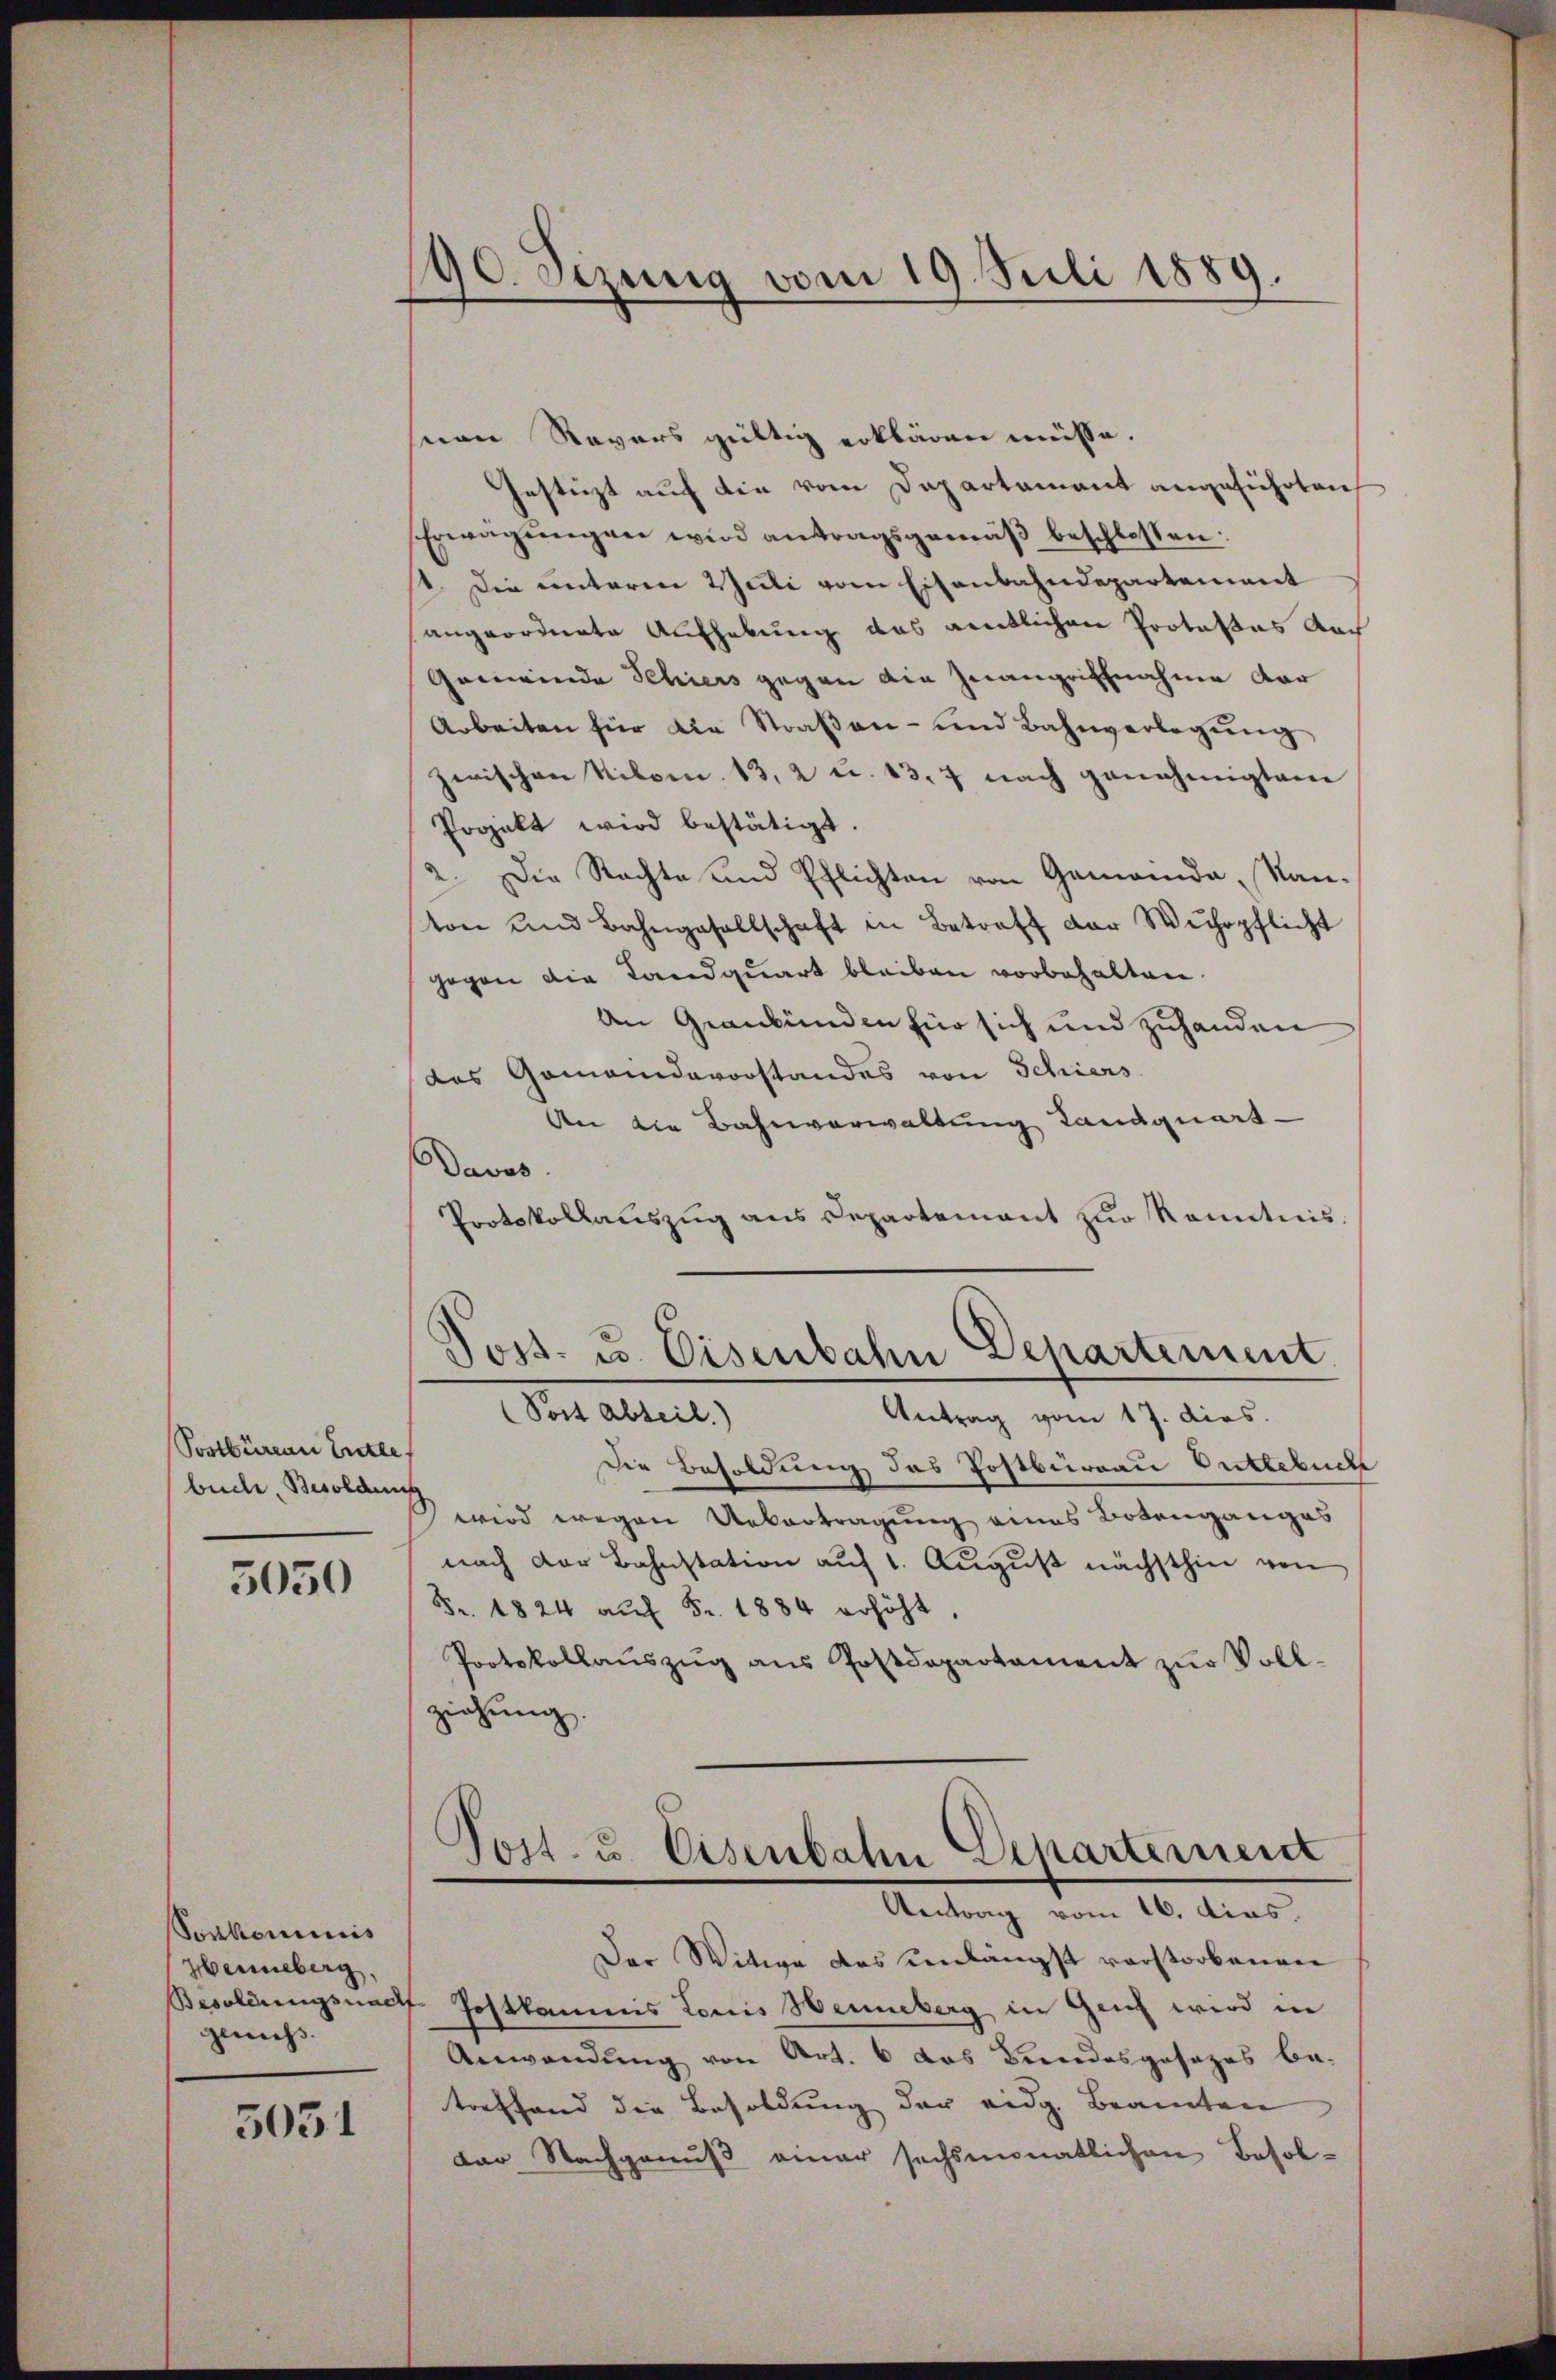
Postbüren Entle
büche, Besoldung

3050

Sonkominis
Hernberg
Besoldungsnach
genuß.

5051

90. Sezung vom 19. Juli 1889.

snen Revers gültig erklären müsse.
Gestüzt auf die vom Departament angeführten
Erwägungen wird antragsgemäß beschlossen:
st. Die unterm Willi vom Eisenbahndepartement
angeordnete Aufhebung das amtlichen Protokos Nach
Gemeinde Schiers gegen die Inangriffnahme dar
Arbeiten für die Straβen- und Bahnverlegŭng
zwischen Nibom. 13, 2 u. 13. 7 nach genehmigten
Projekt wird bestätigt.
2. Die Nachte und Pflichten von Gemeinde, Kanton und Bahngesellschaft in Betreff der Wehrpflicht
gegen die Landquart bleiben vorbehalten.
An Graubünden für sich und zuhanden
das Gemeindevorstandes von Schiers
An die Bahnverwaltung Landquart
Davos.
Protokollauszug aus Departement zur Kenntnis.
Post- u. Eisenbahn Departement
Post Abteil.)
Antrag vom 17. dies.
Die Besoldung des Postburgau Buttebuche
wird wegen Uebertragung eines Botenganges
nach der Bahnstation auf 1. August nächsthin von
Fr. 1824 aŭf Fr. 1884 erhöht,
Protokollaŭszŭg ans Postdepartament zŭr Voll-
ziehung.
Post- u. Eisenbahn Departernent
Antrag vom 16. dies
Der Witwe das unlängst verstorbenen
7. Postkamus Louis Henneberg in Genf wird in
Anwendung von Art. 6 das Bundesgesezes be-
treffend die Besoldung der eidg. Beamten
Dar Nachgenuß einer sechsmonatlichen Besol¬